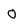
Character: O